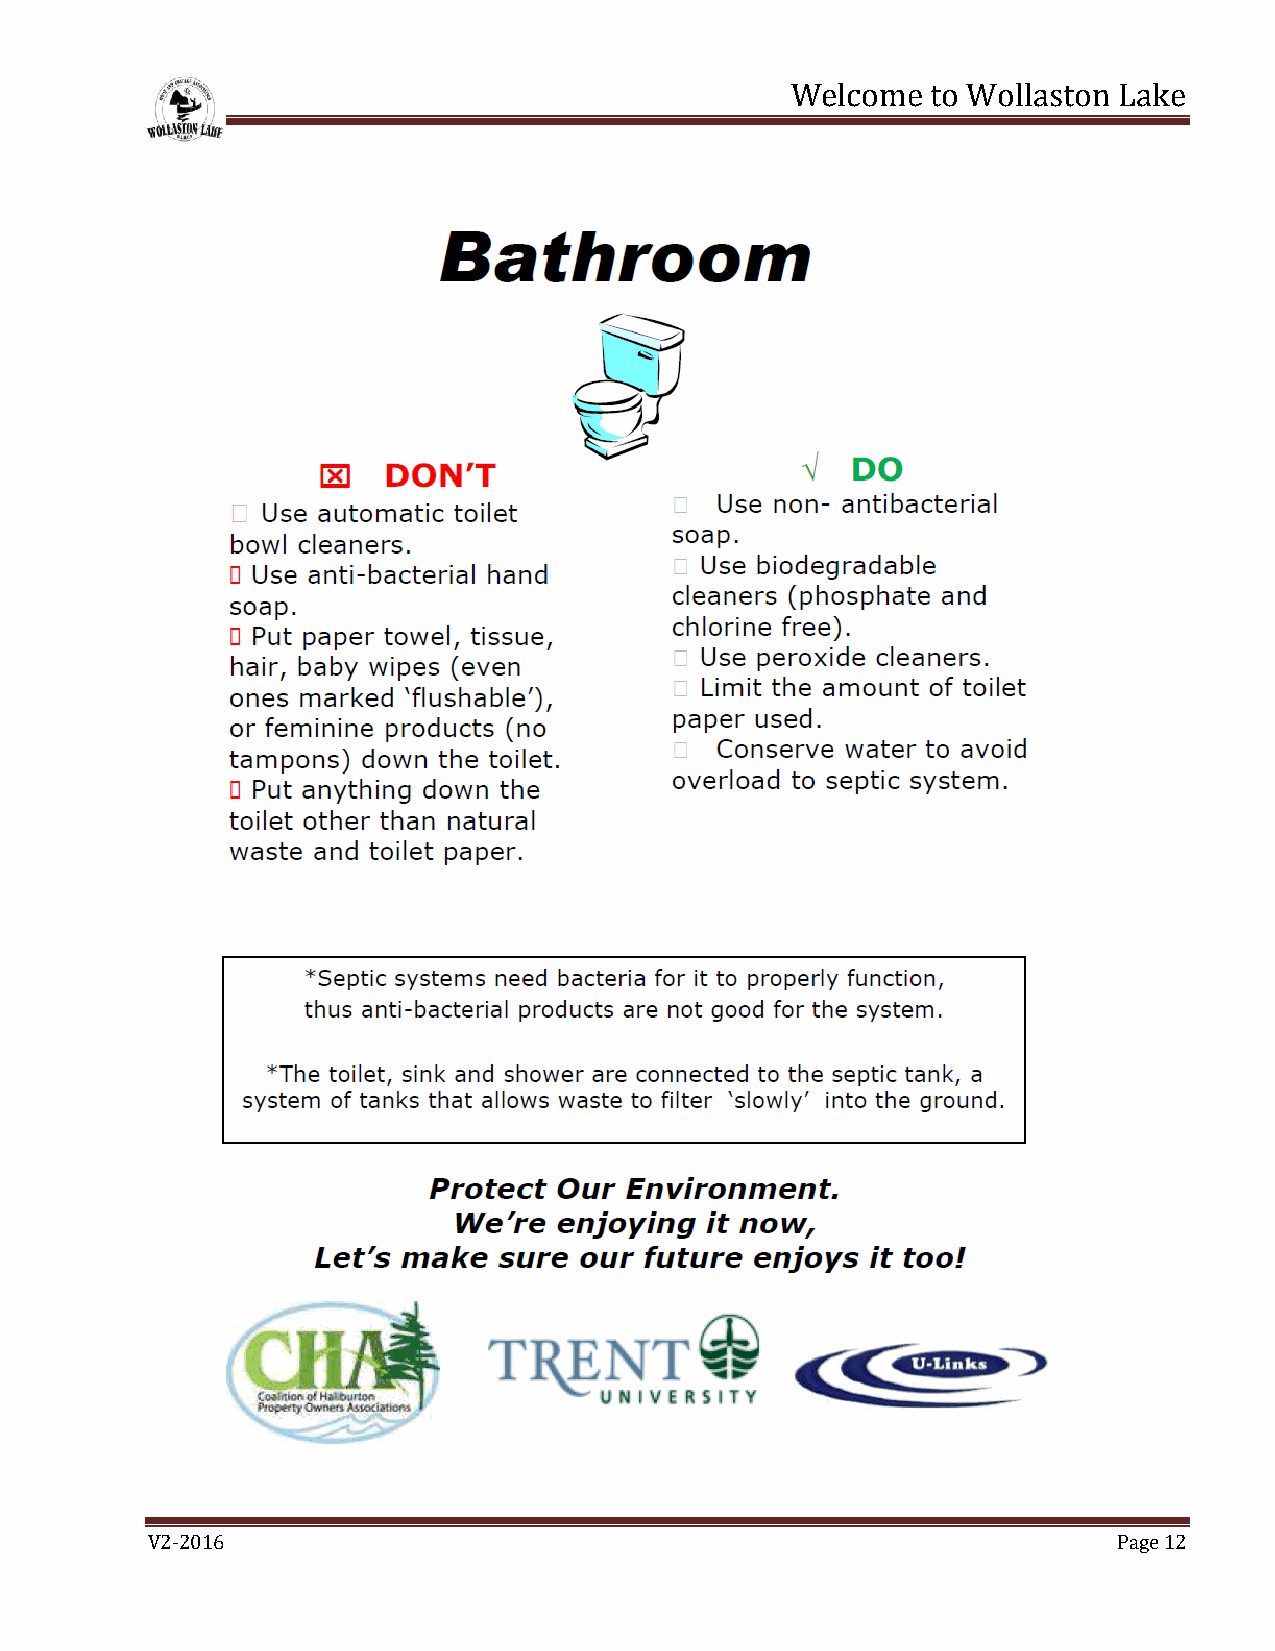
Welcome   to Wollaston Lake
 V2-2016                                                         Page 12